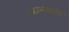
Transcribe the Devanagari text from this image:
कामवाली